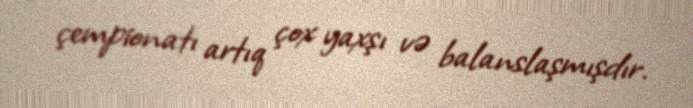
çempionatı artıq çox yaxşı və balanslaşmışdır.